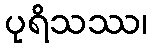
ပုရိသဿ၊